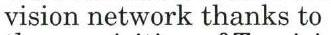
vision network thanks to